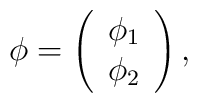
\phi =\left(\begin{array}{c}\phi _1 \\\phi _2 \\\end{array}\right),